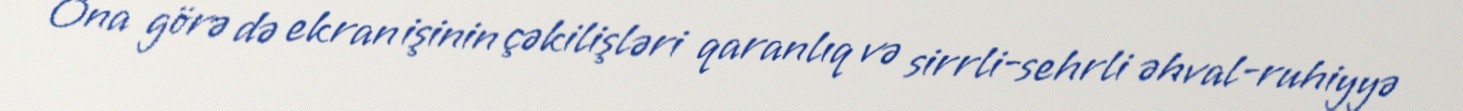
Ona görə də ekran işinin çəkilişləri qaranlıq və sirrli-sehrli əhval-ruhiyyə